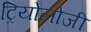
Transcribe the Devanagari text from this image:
ट्रियोलोजी